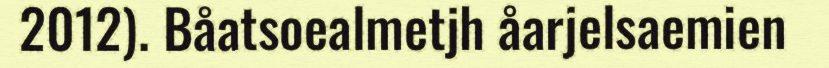
2012). Båatsoealmetjh åarjelsaemien